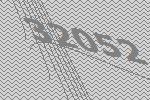
32052